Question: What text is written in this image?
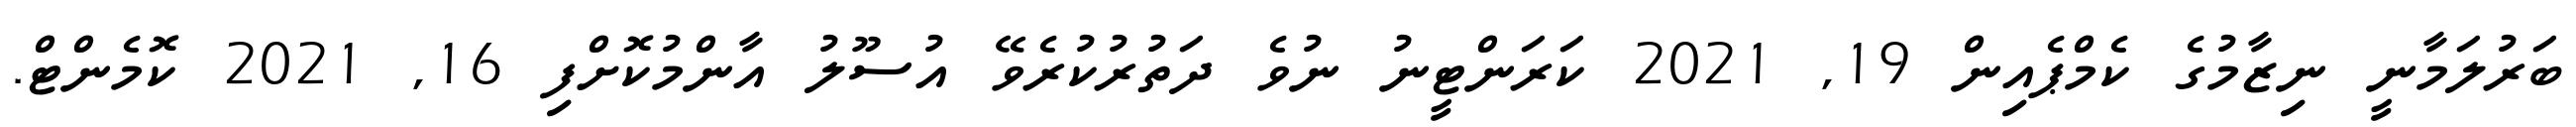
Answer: ބަރުލަމާނީ ނިޒާމުގެ ކެމްޕެއިން 19, 2021 ކަރަންޓީނު ނުވެ ދަތުރުކުރެވޭ އުސޫލު އާންމުކޮށްފި 16, 2021 ކޮމެންޓް.